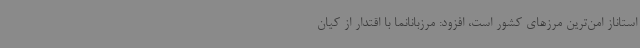
استاناز امن‌ترین مرزهای کشور است، افزود: مرزبانانما با اقتدار از کیان